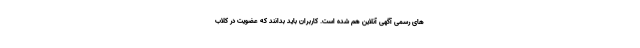
های رسمی آگهی آنلاین هم شده است. کاربران باید بدانند که عضویت در کلاب